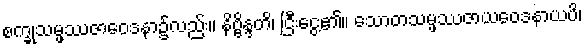
စက္ခုသမ္ဖဿဇာဝေဒနာ၌လည်း။ နိဗ္ဗိန္ဒတိ၊ ငြီးငွေ့၏။ သောတသမ္ဖဿဇာယဝေဒနာယပိ၊